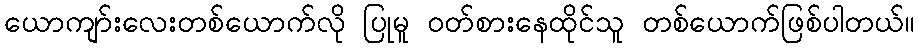
ယောကျာ်းလေးတစ်ယောက်လို ပြုမူ ၀တ်စားနေထိုင်သူ တစ်ယောက်ဖြစ်ပါတယ်။